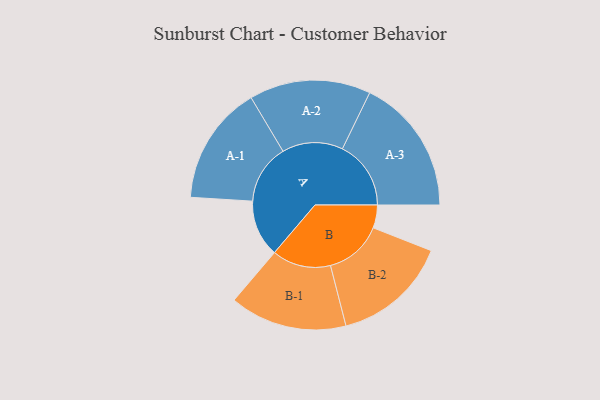
{"axis": {"x": "Segment", "y": "Value"}, "legend": ["", "A", "B"], "data": [{"x": "A", "y": 248, "type": ""}, {"x": "B", "y": 100, "type": ""}, {"x": "A-1", "y": 260, "type": "A"}, {"x": "A-2", "y": 265, "type": "A"}, {"x": "A-3", "y": 299, "type": "A"}, {"x": "B-1", "y": 256, "type": "B"}, {"x": "B-2", "y": 253, "type": "B"}]}